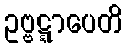
ဥဗ္ဗဋ္ဋာပေတိ